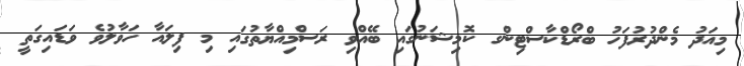
މިއަދު މެންދުރުފަހު ބްރޯޑްކާސްޓިންގ ކޮމިޝަނުގައި ބޭއްވި ރަސްމިއްޔާތުގައި މި ފިލައާ ހަވާލުވެ ވަޑައިގަތީ